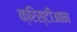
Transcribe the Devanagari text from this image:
क्रिस्टीआन